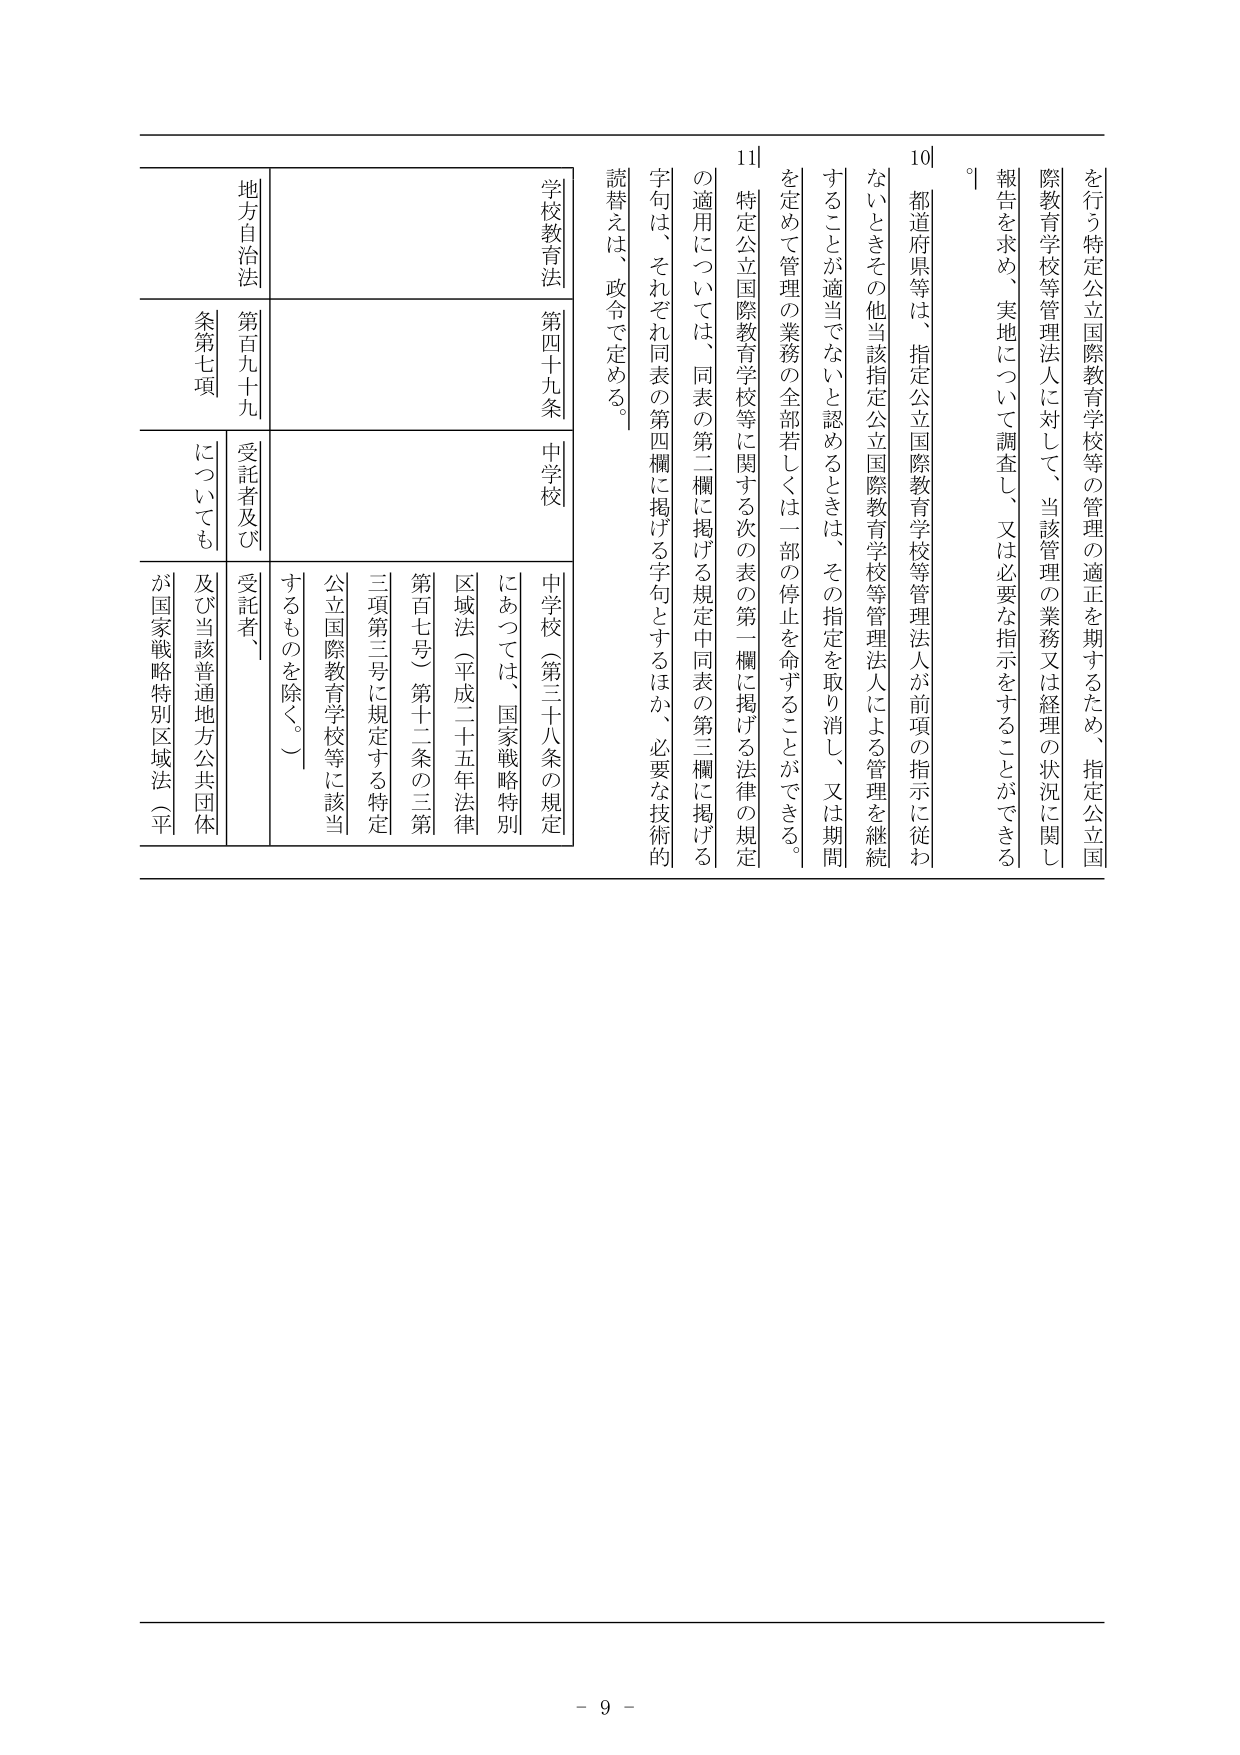
を行う特定公立国際教育学校等の管理の適正を期するため、指定公立国際教育学校等管理法人に対して、当該管理の業務又は経理の状況に関し報告を求め、実地について調査し、又は必要な指示をすることができる。

10 都道府県等は、指定公立国際教育学校等管理法人が前項の指示に従わないときその他当該指定公立国際教育学校等管理法人による管理を継続することが適当でないと認めるときは、その指定を取り消し、又は期間を定めて管理の業務の全部若しくは一部の停止を命ずることができる。

11 特定公立国際教育学校等に関する次の表の第一欄に掲げる法律の規定の適用については、同表の第二欄に掲げる規定中同表の第三欄に掲げる字句は、それぞれ同表の第四欄に掲げる字句とするほか、必要な技術的読替えは、政令で定める。

| 学校教育法 | 第四十九条 | 中学校 | 中学校（第三十八条の規定にあっては、国家戦略特別区域法（平成二十五年法律第百七号）第十二条の三第三項第三号に規定する特定公立国際教育学校等に該当するものを除く。） |
|------------|------------|--------|------------------------------------------------------------------------------------------------------------------|
| 地方自治法 | 第百九十九条第七項 | 受託者及び受託者、及び当該普通地方公共団体が国家戦略特別区域法（平 |  |

- 9 -